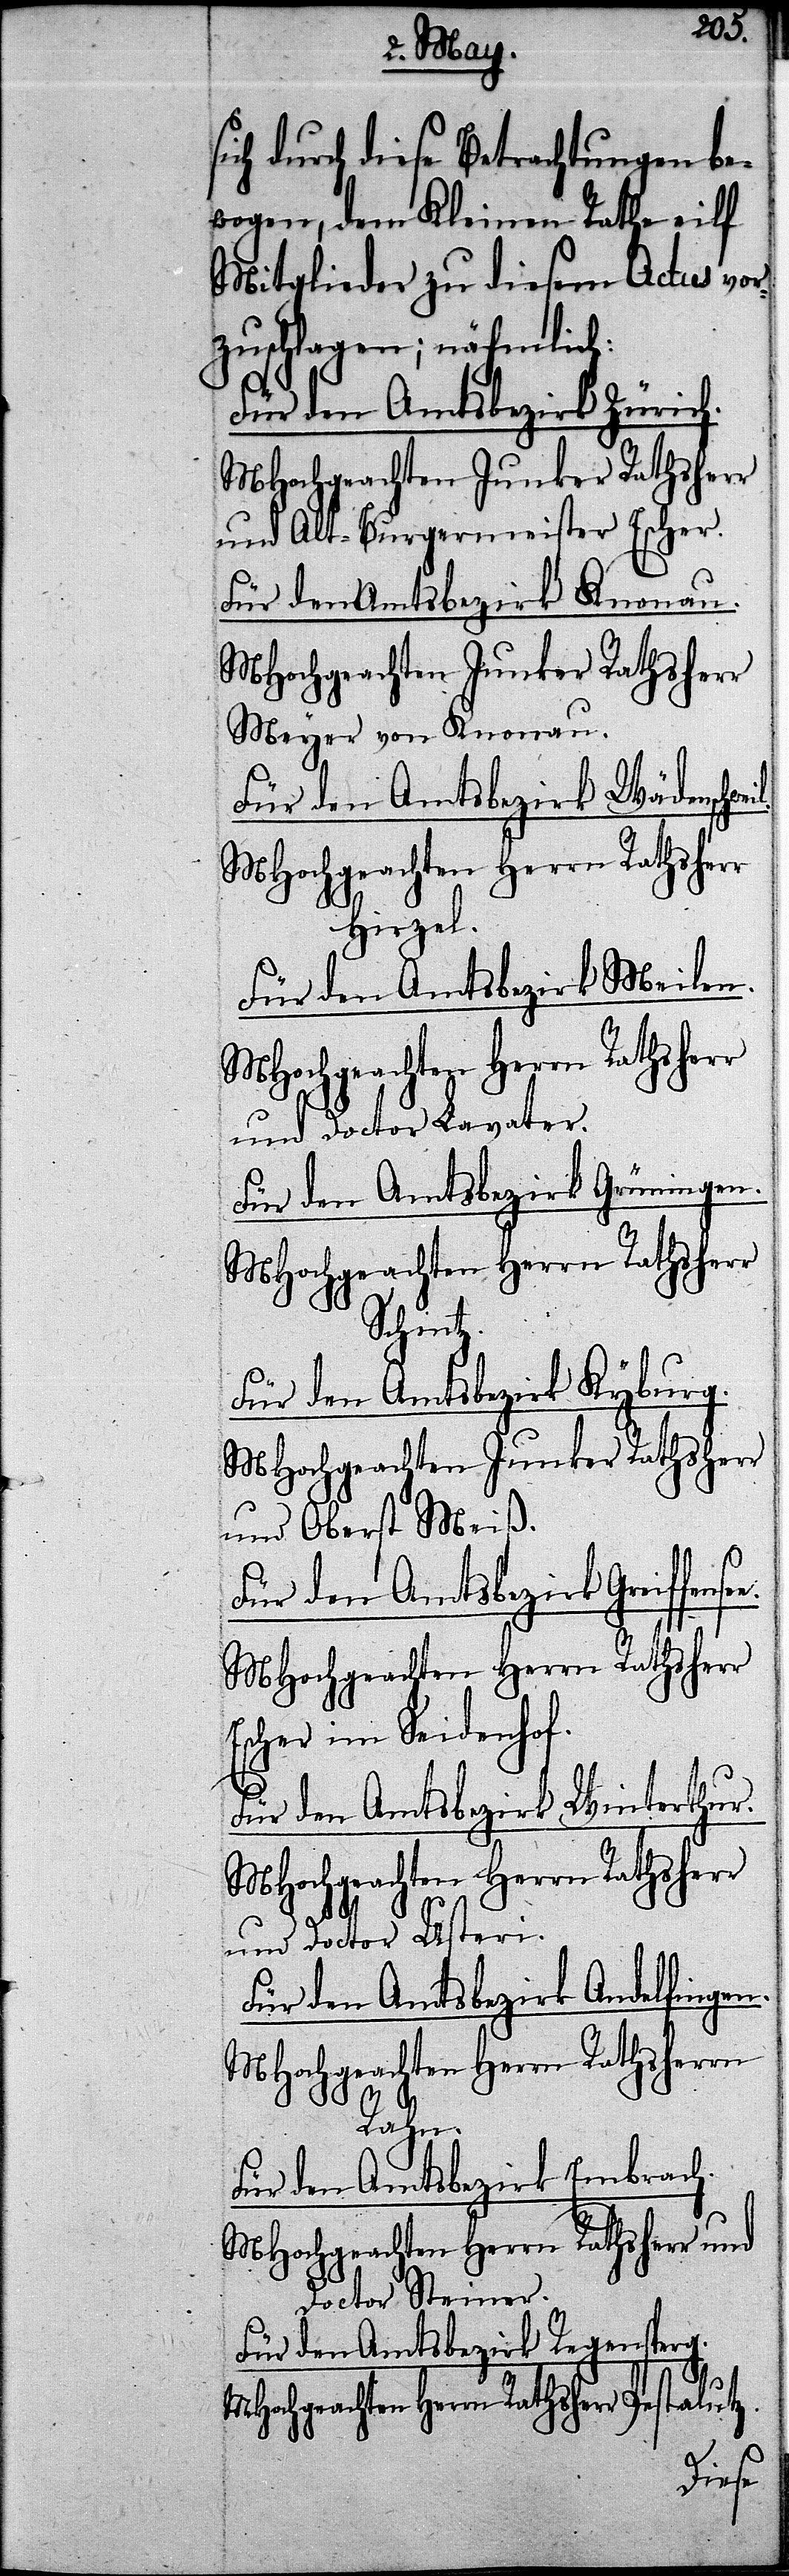
sich durch diese Betrachtungen be¬
wogen, dem Kleinen Rathe eilf
Mitglieder zu diesem Actus vor¬
zuschlagen; nähmlich:
Für den Amtsbezirk Zürich.
MHochgeachten Junker Rathsherr
und Alt-Burgermeister Escher.
Für den Amtsbezirk Knonau.
Meyer von Knonau.
Für den Amtsbezirk Wädenschwe¬
MHochgeachten Herrn Rathsherr
Hirzel.
Für den Amtsbezirk Meilen.
MHochgeachten Herrn Rathsherr
und Doctor Lavater.
Für den Amtsbezirk Grüningen.
MHochgeachten Herrn Rathsherr
Schintz.
Für den Amtsbezirk Kyburg.
MHochgeachten Junker Rathsherr
und Oberst Meiß.
il.
Für den Amtsbezirk Greiffense¬
MHochgeachten Herrn Rathsherr
Escher im Seidenhof.
Für den Amtsbezirk Winterthur.
MHochgeachten Herrn Rathsherr
e.
und Doctor Usteri.
Für den Amtsbezirk Andelfingen.
MHochgeachten Herrn Rathsherrn
Rahn.
Für den Amtsbezirk Embrach.
MHochgeachten Herrn Rathsherr und
Doctor Steiner.
Für den Amtsbezirk Regensperg.